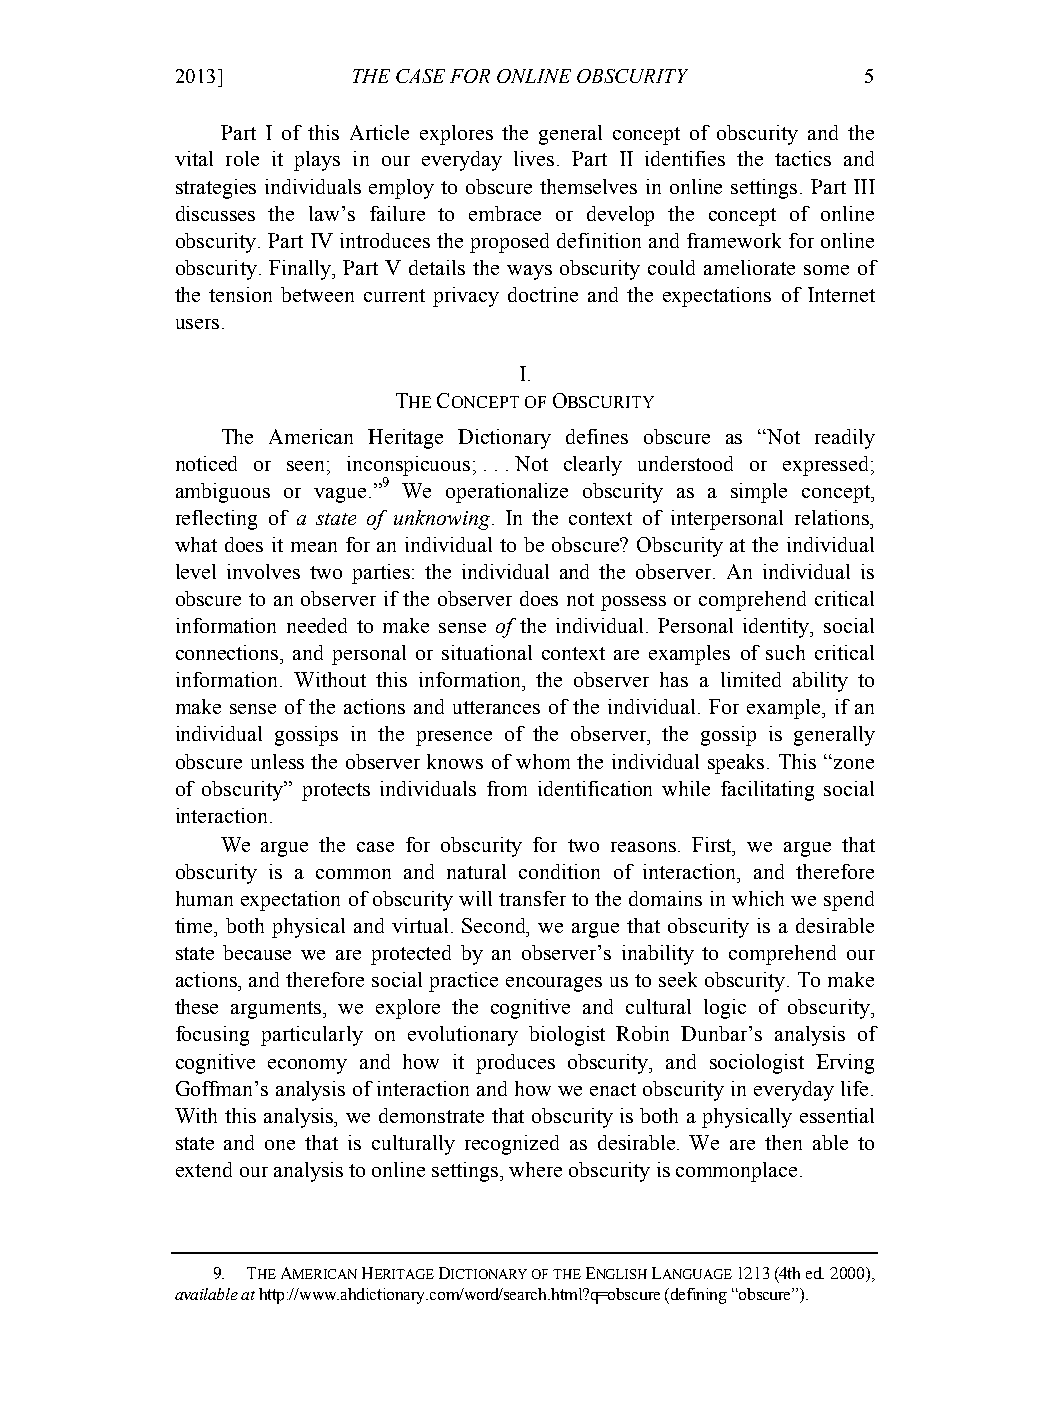
01-HartzogStutzman (Do Not Delete)    2/18/2013 2:33:22 PM
 2013]       THE CASE FOR ONLINE OBSCURITY     5
 Part I of this Article explores the general concept of obscurity and the
 vital role it plays in our everyday lives. Part II identifies the tactics and
 strategies individuals employ to obscure themselves in online settings. Part III
 discusses the law’s failure to embrace or develop the concept of online
 obscurity. Part IV introduces the proposed definition and framework for online
 obscurity. Finally, Part V details the ways obscurity could ameliorate some of
 the tension between current privacy doctrine and the expectations of Internet
 users.
 I.
 THE CONCEPT OF OBSCURITY
 The American Heritage Dictionary defines obscure as “Not readily
 noticed or seen; inconspicuous; . . . Not clearly understood or expressed;
 ambiguous or vague.”9 We operationalize obscurity as a simple concept,
 reflecting of a state of unknowing. In the context of interpersonal relations,
 what does it mean for an individual to be obscure? Obscurity at the individual
 level involves two parties: the individual and the observer. An individual is
 obscure to an observer if the observer does not possess or comprehend critical
 information needed to make sense of the individual. Personal identity, social
 connections, and personal or situational context are examples of such critical
 information. Without this information, the observer has a limited ability to
 make sense of the actions and utterances of the individual. For example, if an
 individual gossips in the presence of the observer, the gossip is generally
 obscure unless the observer knows of whom the individual speaks. This “zone
 of obscurity” protects individuals from identification while facilitating social
 interaction.
 We argue the case for obscurity for two reasons. First, we argue that
 obscurity is a common and natural condition of interaction, and therefore
 human expectation of obscurity will transfer to the domains in which we spend
 time, both physical and virtual. Second, we argue that obscurity is a desirable
 state because we are protected by an observer’s inability to comprehend our
 actions, and therefore social practice encourages us to seek obscurity. To make
 these arguments, we explore the cognitive and cultural logic of obscurity,
 focusing particularly on evolutionary biologist Robin Dunbar’s analysis of
 cognitive economy and how it produces obscurity, and sociologist Erving
 Goffman’s analysis of interaction and how we enact obscurity in everyday life.
 With this analysis, we demonstrate that obscurity is both a physically essential
 state and one that is culturally recognized as desirable. We are then able to
 extend our analysis to online settings, where obscurity is commonplace.
 9. THE AMERICAN HERITAGE DICTIONARY OF THE ENGLISH LANGUAGE 1213 (4th ed. 2000),
 available at http://www.ahdictionary.com/word/search.html?q=obscure (defining “obscure”).